Scottish Leaving Certificate Examination, 1958
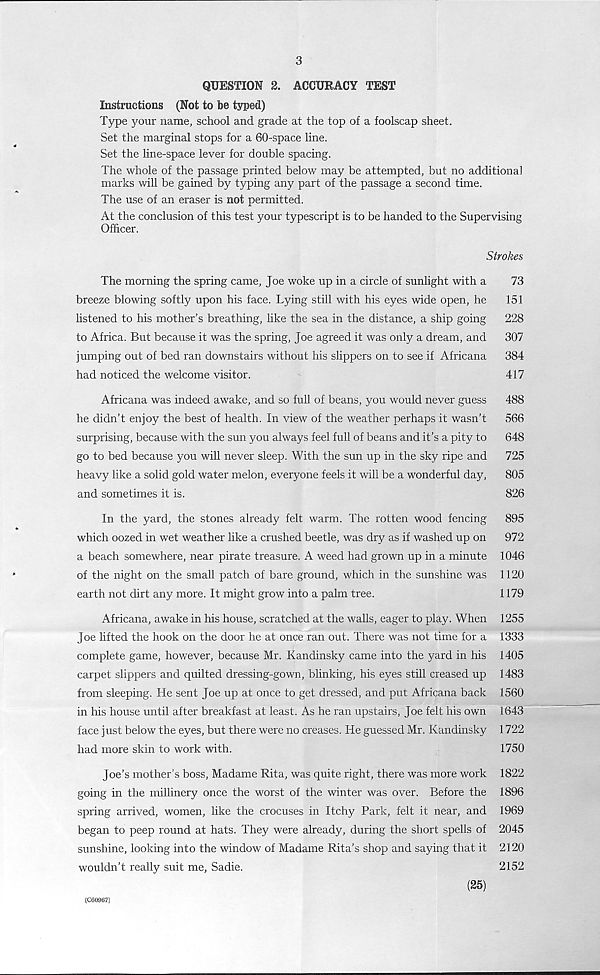
3
QUESTION 2. ACCURACY TEST
Instructions (Not to be typed)
Type your name, school and grade at the top of a foolscap sheet.
Set the marginal stops for a 60-space line.
Set the line-space lever for double spacing.
The whole of the passage printed below may be attempted, but no additional
marks will be gained by typing any part of the passage a second time.
The use of an eraser is not permitted.
At the conclusion of this test your typescript is to be handed to the Supervising
Strokes
The morning the spring came, Joe woke up in a circle of sunlight with a
73
breeze blowing softly upon his face. Lying still with his eyes wide open, he
151
listened to his mother’s breathing, like the sea in the distance, a ship going
228
to Africa. But because it was the spring, Joe agreed it was only a dream, and
307
jumping out of bed ran downstairs without his slippers on to see if Africana
384
had noticed the welcome visitor.
417
Africana was indeed awake, and so full of beans, you would never guess
488
he didn’t enjoy the best of health. In view of the weather perhaps it wasn’t
566
surprising, because with the sun you always feel full of beans and it’s a pity to
648
go to bed because you will never sleep. With the sun up in the sky ripe and
725
heavy like a solid gold water melon, everyone feels it will be a wonderful day,
805
and sometimes it is.
826
In the yard, the stones already felt warm. The rotten wood fencing
895
which oozed in wet weather like a crushed beetle, was dry as if washed up on
972
a beach somewhere, near pirate treasure. A weed had grown up in a minute 1046
of the night on the small patch of bare ground, which in the sunshine was 1120
earth not dirt any more. It might grow into a palm tree.
1179
Africana, awake in his house, scratched at the walls, eager to play. When 1255
Joe lifted the hook on the door he at once ran out. There was not time for a 1333
complete game, however, because Mr. Kandinsky came into the yard in his 1405
carpet slippers and quilted dressing-gown, blinking, his eyes still creased up 1483
from sleeping. He sent Joe up at once to get dressed, and put Africana back 1560
in his house until after breakfast at least. As he ran upstairs, Joe felt his own 1643
face just below the eyes, but there were no creases. He guessed Mr. Kandinsky 1722
had more skin to work with.
1750
Joe’s mother’s boss, Madame Rita, was quite right, there was more work 1822
going in the millinery once the worst of the winter was over. Before the 1896
spring arrived, women, like the crocuses in Itchy Park, felt it near, and 1969
began to peep round at hats. They were already, during the short spells of 2045
sunshine, looking into the window of Madame Rita’s shop and saying that it 2120
wouldn’t really suit me, Sadie.
2152
(C60967)
(25)